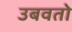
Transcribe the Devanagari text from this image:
उबवतो